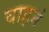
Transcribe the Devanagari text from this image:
वाहनं